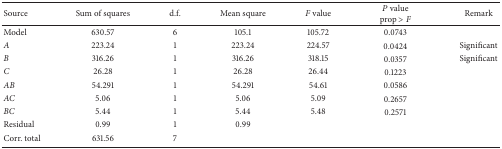
<table><thead><tr><td><b>Source</b></td><td><b>Sum of squares</b></td><td><b>d.f.</b></td><td><b>Mean square</b></td><td><b><i>F</i> value</b></td><td><b><i>P</i> valueprop &gt; <i>F </i></b></td><td><b>Remark</b></td></tr></thead><tbody><tr><td>Model</td><td>630.57</td><td>6</td><td>105.1</td><td>105.72</td><td>0.0743</td><td> </td></tr><tr><td><i>A </i></td><td>223.24</td><td>1</td><td>223.24</td><td>224.57</td><td>0.0424</td><td>Significant</td></tr><tr><td><i>B </i></td><td>316.26</td><td>1</td><td>316.26</td><td>318.15</td><td>0.0357</td><td>Significant</td></tr><tr><td><i>C </i></td><td>26.28</td><td>1</td><td>26.28</td><td>26.44</td><td>0.1223</td><td> </td></tr><tr><td><i>AB </i></td><td>54.291</td><td>1</td><td>54.291</td><td>54.61</td><td>0.0586</td><td> </td></tr><tr><td><i>AC </i></td><td>5.06</td><td>1</td><td>5.06</td><td>5.09</td><td>0.2657</td><td> </td></tr><tr><td><i>BC </i></td><td>5.44</td><td>1</td><td>5.44</td><td>5.48</td><td>0.2571</td><td> </td></tr><tr><td>Residual</td><td>0.99</td><td>1</td><td>0.99</td><td> </td><td> </td><td> </td></tr><tr><td>Corr. total</td><td>631.56</td><td>7</td><td> </td><td> </td><td> </td><td> </td></tr></tbody></table>